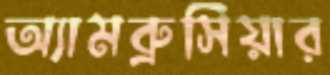
অ্যামব্রুসিয়ার